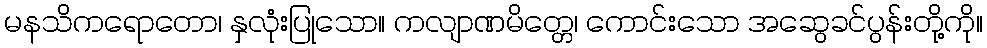
မနသိကရောတော၊ နှလုံးပြုသော။ ကလျာဏမိတ္တေ၊ ကောင်းသော အဆွေခင်ပွန်းတို့ကို။